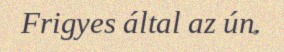
Frigyes által az ún.